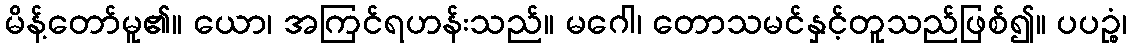
မိန့်တော်မူ၏။ ယော၊ အကြင်ရဟန်းသည်။ မဂေါ၊ တောသမင်နှင့်တူသည်ဖြစ်၍။ ပပဉ္စံ၊